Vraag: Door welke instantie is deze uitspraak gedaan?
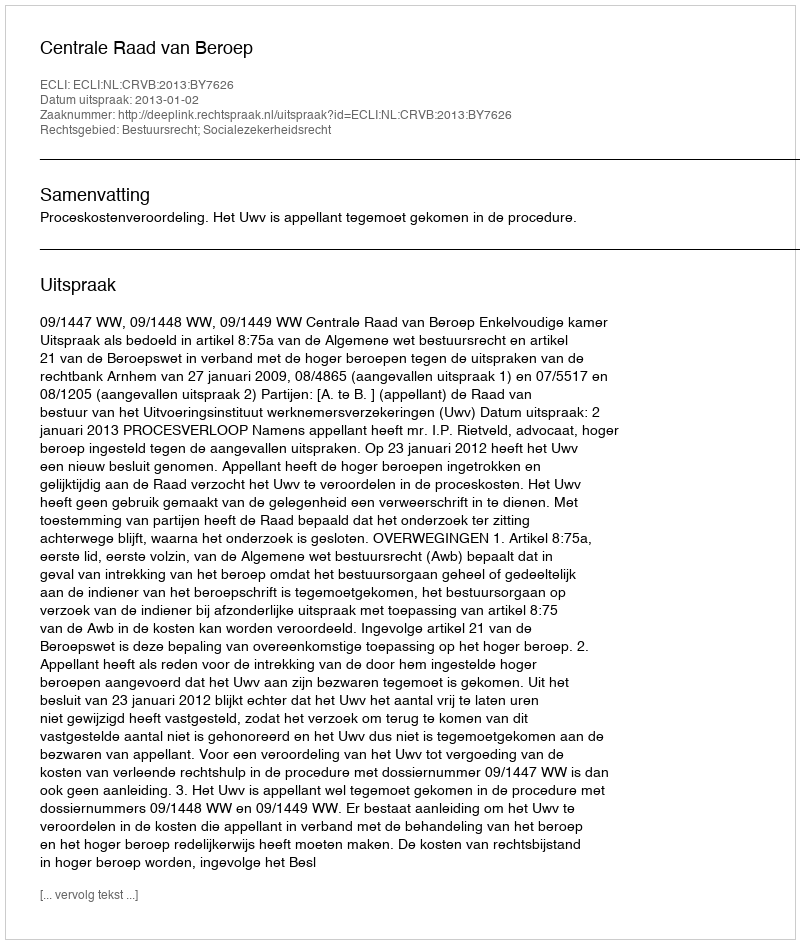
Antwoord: Centrale Raad van Beroep